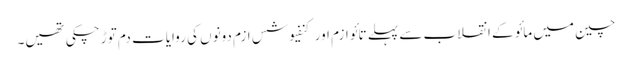
چین میں مائو کے انقلاب سے پہلے تائو ازم اور کنفیوشس ازم دونوں کی روایات دم توڑ چکی تھیں۔